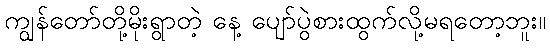
ကျွန်တော်တို့မိုးရွာတဲ့ နေ့ ပျော်ပွဲစားထွက်လို့မရတော့ဘူး။